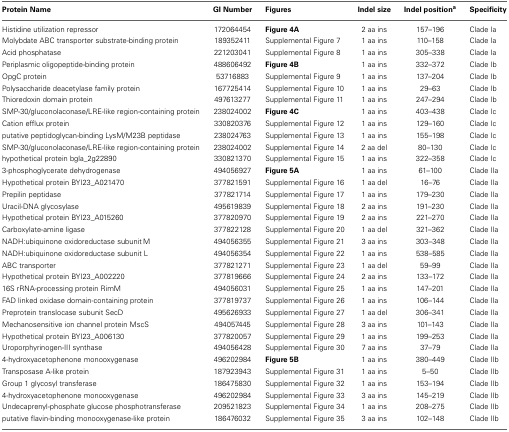
<table><thead><tr><td><b>Protein Name</b></td><td><b>GI Number</b></td><td><b>Figures</b></td><td><b>Indel size</b></td><td><b>Indel position<sup>a</sup></b></td><td><b>Specificity</b></td></tr></thead><tbody><tr><td>Histidine utilization repressor</td><td>172064454</td><td>Figure 4A</td><td>2 aa ins</td><td>157–196</td><td>Clade Ia</td></tr><tr><td>Molybdate ABC transporter substrate-binding protein</td><td>189352411</td><td>Supplemental Figure 7</td><td>1 aa ins</td><td>110–158</td><td>Clade Ia</td></tr><tr><td>Acid phosphatase</td><td>221203041</td><td>Supplemental Figure 8</td><td>1 aa ins</td><td>305–338</td><td>Clade Ia</td></tr><tr><td>Periplasmic oligopeptide-binding protein</td><td>488606492</td><td>Figure 4B</td><td>1 aa ins</td><td>332–372</td><td>Clade Ib</td></tr><tr><td>OpgC protein</td><td>53716883</td><td>Supplemental Figure 9</td><td>1 aa ins</td><td>137–204</td><td>Clade Ib</td></tr><tr><td>Polysaccharide deacetylase family protein</td><td>167725414</td><td>Supplemental Figure 10</td><td>1 aa ins</td><td>29–63</td><td>Clade Ib</td></tr><tr><td>Thioredoxin domain protein</td><td>497613277</td><td>Supplemental Figure 11</td><td>1 aa ins</td><td>247–294</td><td>Clade Ib</td></tr><tr><td>SMP-30/gluconolaconase/LRE-like region-containing protein</td><td>238024002</td><td>Figure 4C</td><td>1 aa ins</td><td>403–438</td><td>Clade Ic</td></tr><tr><td>Cation efflux protein</td><td>330820376</td><td>Supplemental Figure 12</td><td>1 aa ins</td><td>129–160</td><td>Clade Ic</td></tr><tr><td>putative peptidoglycan-binding LysM/M23B peptidase</td><td>238024763</td><td>Supplemental Figure 13</td><td>1 aa ins</td><td>155–198</td><td>Clade Ic</td></tr><tr><td>SMP-30/gluconolaconase/LRE-like region-containing protein</td><td>238024002</td><td>Supplemental Figure 14</td><td>2 aa del</td><td>80–130</td><td>Clade Ic</td></tr><tr><td>hypothetical protein bgla_2g22890</td><td>330821370</td><td>Supplemental Figure 15</td><td>1 aa ins</td><td>322–358</td><td>Clade Ic</td></tr><tr><td>3-phosphoglycerate dehydrogenase</td><td>494056927</td><td>Figure 5A</td><td>1 aa ins</td><td>61–100</td><td>Clade IIa</td></tr><tr><td>Hypothetical protein BYI23_A021470</td><td>377821591</td><td>Supplemental Figure 16</td><td>1 aa del</td><td>16–76</td><td>Clade IIa</td></tr><tr><td>Prepilin peptidase</td><td>377821714</td><td>Supplemental Figure 17</td><td>1 aa ins</td><td>179–230</td><td>Clade IIa</td></tr><tr><td>Uracil-DNA glycosylase</td><td>495619839</td><td>Supplemental Figure 18</td><td>2 aa ins</td><td>191–230</td><td>Clade IIa</td></tr><tr><td>Hypothetical protein BYI23_A015260</td><td>377820970</td><td>Supplemental Figure 19</td><td>2 aa ins</td><td>221–270</td><td>Clade IIa</td></tr><tr><td>Carboxylate-amine ligase</td><td>377822128</td><td>Supplemental Figure 20</td><td>1 aa del</td><td>321–362</td><td>Clade IIa</td></tr><tr><td>NADH:ubiquinone oxidoreductase subunit M</td><td>494056355</td><td>Supplemental Figure 21</td><td>3 aa ins</td><td>303–348</td><td>Clade IIa</td></tr><tr><td>NADH:ubiquinone oxidoreductase subunit L</td><td>494056354</td><td>Supplemental Figure 22</td><td>1 aa ins</td><td>538–585</td><td>Clade IIa</td></tr><tr><td>ABC transporter</td><td>377821271</td><td>Supplemental Figure 23</td><td>1 aa del</td><td>59–99</td><td>Clade IIa</td></tr><tr><td>Hypothetical protein BYI23_A002220</td><td>377819666</td><td>Supplemental Figure 24</td><td>2 aa ins</td><td>133–172</td><td>Clade IIa</td></tr><tr><td>16S rRNA-processing protein RimM</td><td>494056031</td><td>Supplemental Figure 25</td><td>1 aa ins</td><td>147–201</td><td>Clade IIa</td></tr><tr><td>FAD linked oxidase domain-containing protein</td><td>377819737</td><td>Supplemental Figure 26</td><td>1 aa ins</td><td>106–144</td><td>Clade IIa</td></tr><tr><td>Preprotein translocase subunit SecD</td><td>495626933</td><td>Supplemental Figure 27</td><td>1 aa del</td><td>306–341</td><td>Clade IIa</td></tr><tr><td>Mechanosensitive ion channel protein MscS</td><td>494057445</td><td>Supplemental Figure 28</td><td>3 aa ins</td><td>101–143</td><td>Clade IIa</td></tr><tr><td>Hypothetical protein BYI23_A006130</td><td>377820057</td><td>Supplemental Figure 29</td><td>1 aa ins</td><td>199–253</td><td>Clade IIa</td></tr><tr><td>Uroporphyrinogen-III synthase</td><td>494056428</td><td>Supplemental Figure 30</td><td>7 aa ins</td><td>37–79</td><td>Clade IIa</td></tr><tr><td>4-hydroxyacetophenone monooxygenase</td><td>496202984</td><td>Figure 5B</td><td>1 aa ins</td><td>380–449</td><td>Clade IIb</td></tr><tr><td>Transposase A-like protein</td><td>187923943</td><td>Supplemental Figure 31</td><td>1 aa ins</td><td>5–50</td><td>Clade IIb</td></tr><tr><td>Group 1 glycosyl transferase</td><td>186475830</td><td>Supplemental Figure 32</td><td>1 aa ins</td><td>153–194</td><td>Clade IIb</td></tr><tr><td>4-hydroxyacetophenone monooxygenase</td><td>496202984</td><td>Supplemental Figure 33</td><td>3 aa ins</td><td>145–219</td><td>Clade IIb</td></tr><tr><td>Undecaprenyl-phosphate glucose phosphotransferase</td><td>209521823</td><td>Supplemental Figure 34</td><td>1 aa ins</td><td>208–275</td><td>Clade IIb</td></tr><tr><td>putative flavin-binding monooxygenase-like protein</td><td>186476032</td><td>Supplemental Figure 35</td><td>3 aa ins</td><td>102–148</td><td>Clade IIb</td></tr></tbody></table>